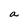
Character: a